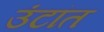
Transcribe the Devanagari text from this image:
उंटांत